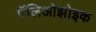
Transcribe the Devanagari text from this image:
पॅलिओझोइक